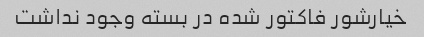
خیارشور فاکتور شده در بسته وجود نداشت